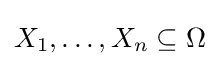
X_{1},\dotsc ,X_{n}\subseteq \Omega